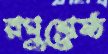
রঘুশ্রেষ্ঠ